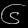
Digit: ၆